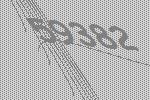
59382